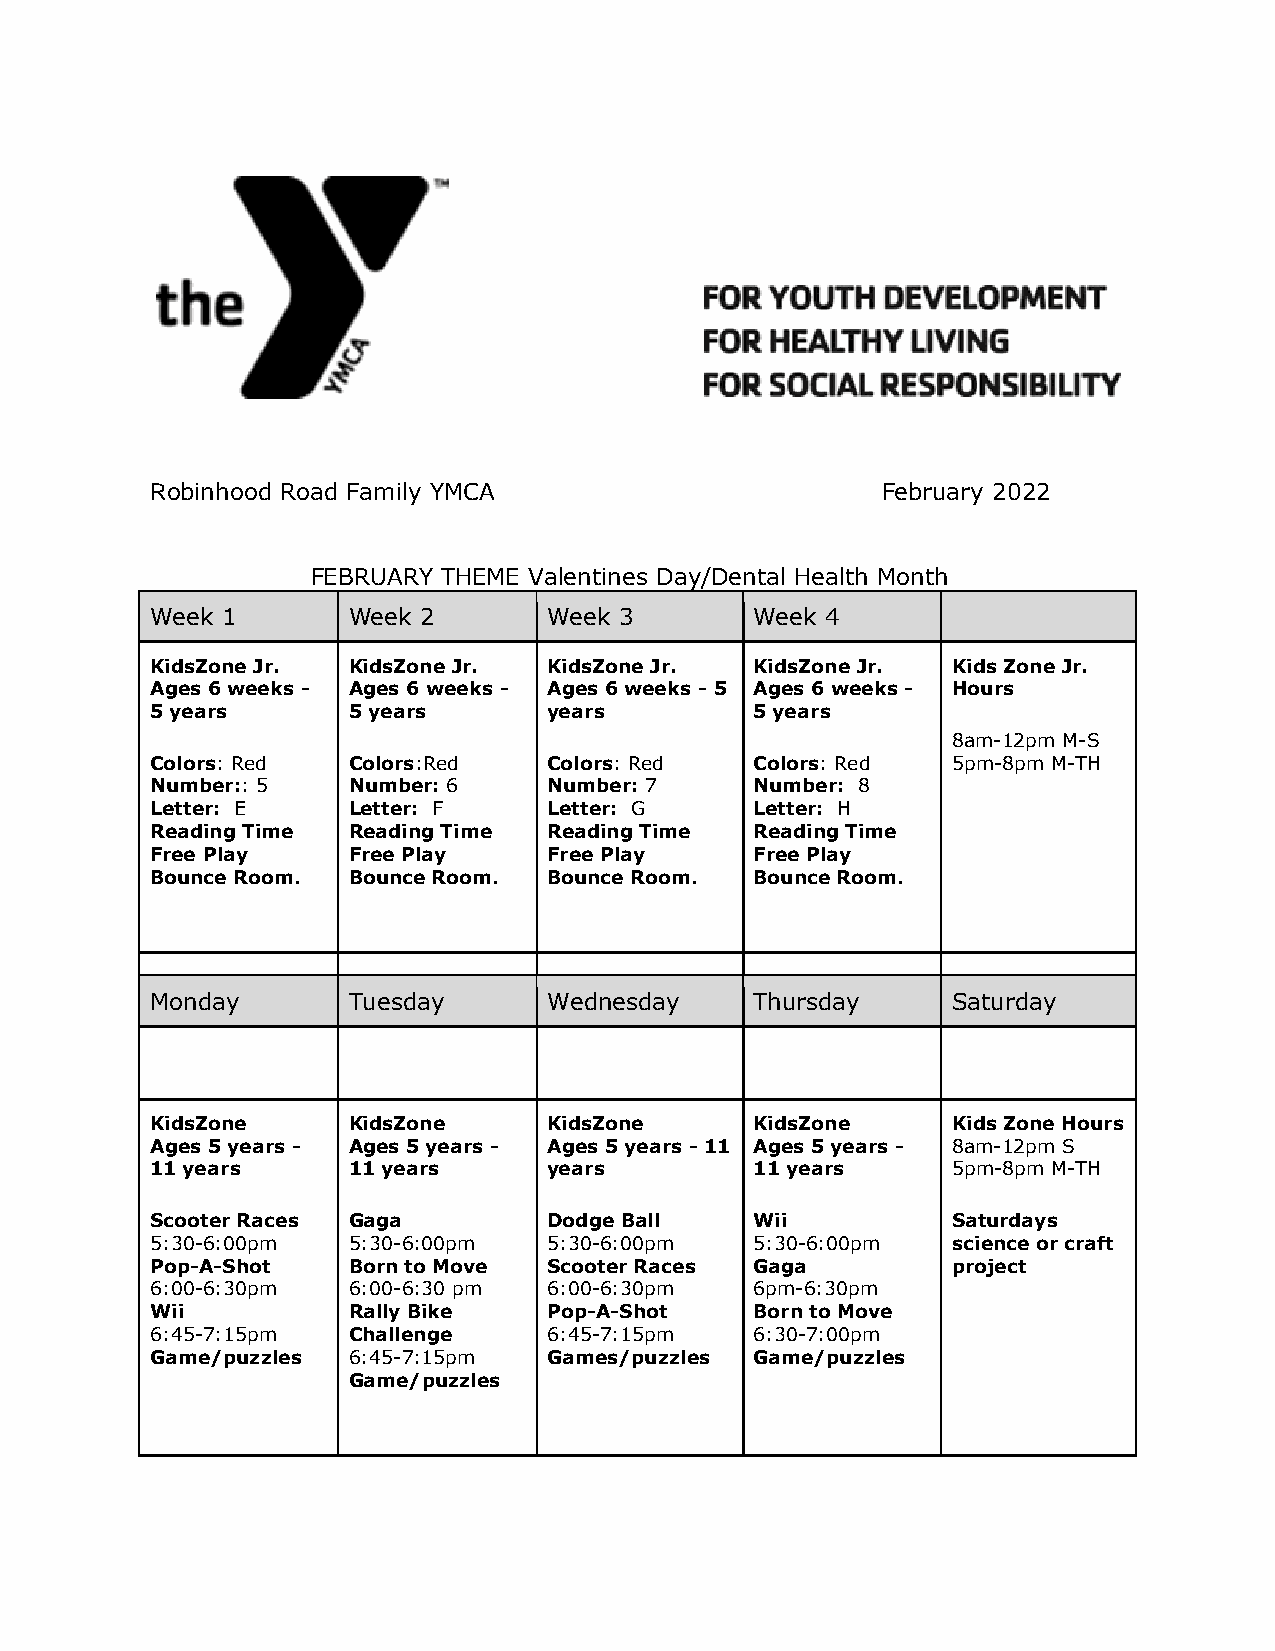
Robinhood Road Family YMCA                      February 2022
 FEBRUARY THEME Valentines Day/Dental Health Month
 Week 1       Week 2       Week 3        Week 4
 KidsZone Jr. KidsZone Jr. KidsZone Jr.  KidsZone Jr. Kids Zone Jr.
 Ages 6 weeks - Ages 6 weeks - Ages 6 weeks - 5 Ages 6 weeks - Hours
 5 years      5 years      years         5 years
 8am-12pm M-S
 Colors: Red  Colors:Red   Colors: Red   Colors: Red  5pm-8pm M-TH
 Number:: 5   Number: 6    Number: 7     Number: 8
 Letter: E    Letter: F    Letter: G     Letter: H
 Reading Time Reading Time Reading Time  Reading Time
 Free Play    Free Play    Free Play     Free Play
 Bounce Room. Bounce Room. Bounce Room.  Bounce Room.
 Monday       Tuesday      Wednesday     Thursday     Saturday
 KidsZone     KidsZone     KidsZone      KidsZone     Kids Zone Hours
 Ages 5 years - Ages 5 years - Ages 5 years - 11 Ages 5 years - 8am-12pm S
 11 years     11 years     years         11 years     5pm-8pm M-TH
 Scooter Races Gaga        Dodge Ball    Wii          Saturdays
 5:30-6:00pm  5:30-6:00pm  5:30-6:00pm   5:30-6:00pm  science or craft
 Pop-A-Shot   Born to Move Scooter Races Gaga         project
 6:00-6:30pm  6:00-6:30 pm 6:00-6:30pm   6pm-6:30pm
 Wii          Rally Bike   Pop-A-Shot    Born to Move
 6:45-7:15pm  Challenge    6:45-7:15pm   6:30-7:00pm
 Game/puzzles 6:45-7:15pm  Games/puzzles Game/puzzles
 Game/puzzles